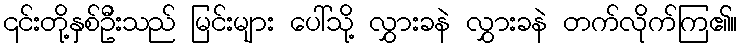
၎င်းတို့နှစ်ဦးသည် မြင်းများ ပေါ်သို့ လွှားခနဲ လွှားခနဲ တက်လိုက်ကြ၏။